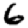
Digit: 6